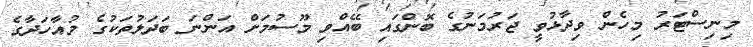
މިނިސްޓަރު މިހެން ވިދާޅުވީ ޖަރުމަނުގެ ބޮންގައި ބޭއްވި މޫސުމަށް އަންނަ ބަދަލުތަކުގެ މުއާހަދާގެ